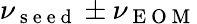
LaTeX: \nu_{\mathrm{~s~e~e~d~}}\pm\nu_{\mathrm{~E~O~M~}}